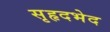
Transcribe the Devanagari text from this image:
सृहृदभेद